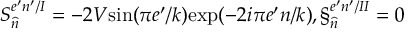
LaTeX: S _ { \widehat { n } } ^ { e ^ { \prime } n ^ { \prime } / I } = - 2 V \mathrm { s i n } ( \pi e ^ { \prime } / k ) \mathrm { e x p } ( - 2 i \pi e ^ { \prime } n / k ) , \S _ { \widehat { n } } ^ { e ^ { \prime } n ^ { \prime } / I I } = 0